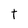
Character: t